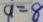
a = 8